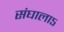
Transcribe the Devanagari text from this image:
संघाला५